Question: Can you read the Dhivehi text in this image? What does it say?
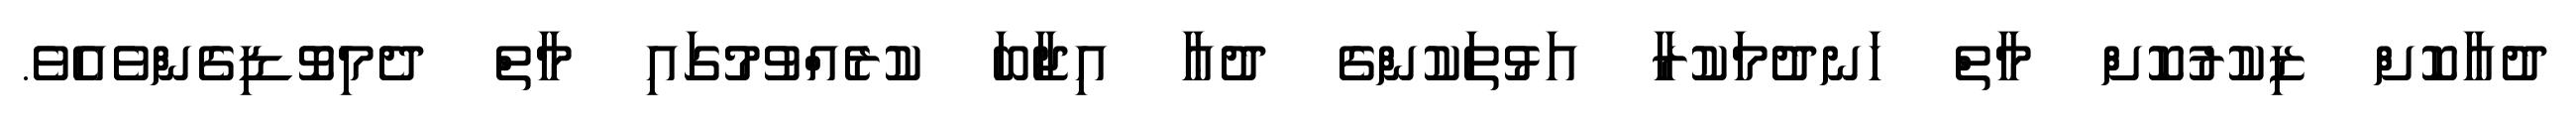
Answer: ދުޢާކޮށް ޒިކުރުކޮށް މާތް ހަނދުމަކުރާ އަޅުތަކުންގެ ދުޢާ އިޖާބަ ކުރެއްވުމުގައި މާތް ދެމިވޮޑިގެންވެއެވެ.